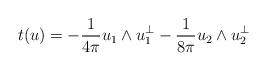
LaTeX: \begin{align*}\begin{aligned} t(u)& = -\frac{1}{4\pi}u_1\wedge u_1^\perp -\frac{1}{8\pi} u_2\wedge u_2^\perp\end{aligned}\end{align*}